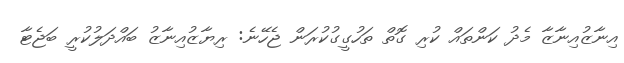
އިނާޒުއިނާޒާ މެދު ކަންތައް ކުރި ގޮތް ތަހުގީގުކުރަން ޖެހޭނެ: ރިޔާޒުއިނާޒު ބައްދަލުކުރީ ބަޖެޓާ